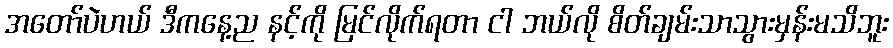
အတော်ပဲဟယ် ဒီကနေ့ည နင့်ကို မြင်လိုက်ရတာ ငါ ဘယ်လို စိတ်ချမ်းသာသွားမှန်းမသိဘူး